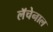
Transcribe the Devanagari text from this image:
लॅचेनाल